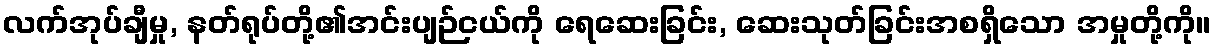
လက်အုပ်ချီမှု, နတ်ရုပ်တို့၏အင်းပျဉ်ငယ်ကို ရေဆေးခြင်း, ဆေးသုတ်ခြင်းအစရှိသော အမှုတို့ကို။